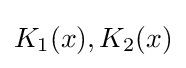
K_{1}(x),K_{2}(x)